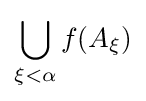
\bigcup _{\xi <\alpha }f(A_{\xi })